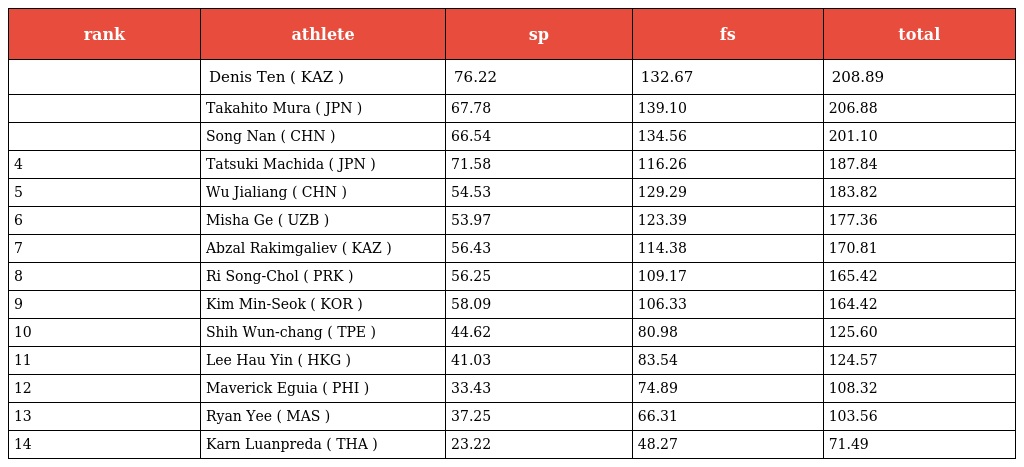
| rank | athlete | sp | fs | total |
 | --- | --- | --- | --- | --- |
 |  | Denis Ten ( KAZ ) | 76.22 | 132.67 | 208.89 |
 |  | Takahito Mura ( JPN ) | 67.78 | 139.10 | 206.88 |
 |  | Song Nan ( CHN ) | 66.54 | 134.56 | 201.10 |
 | 4 | Tatsuki Machida ( JPN ) | 71.58 | 116.26 | 187.84 |
 | 5 | Wu Jialiang ( CHN ) | 54.53 | 129.29 | 183.82 |
 | 6 | Misha Ge ( UZB ) | 53.97 | 123.39 | 177.36 |
 | 7 | Abzal Rakimgaliev ( KAZ ) | 56.43 | 114.38 | 170.81 |
 | 8 | Ri Song-Chol ( PRK ) | 56.25 | 109.17 | 165.42 |
 | 9 | Kim Min-Seok ( KOR ) | 58.09 | 106.33 | 164.42 |
 | 10 | Shih Wun-chang ( TPE ) | 44.62 | 80.98 | 125.60 |
 | 11 | Lee Hau Yin ( HKG ) | 41.03 | 83.54 | 124.57 |
 | 12 | Maverick Eguia ( PHI ) | 33.43 | 74.89 | 108.32 |
 | 13 | Ryan Yee ( MAS ) | 37.25 | 66.31 | 103.56 |
 | 14 | Karn Luanpreda ( THA ) | 23.22 | 48.27 | 71.49 |